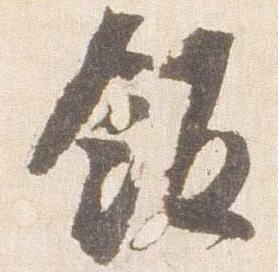
飯